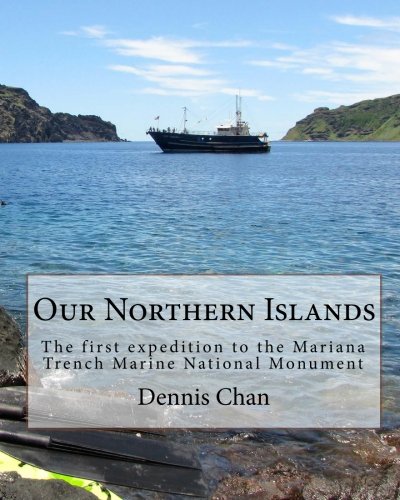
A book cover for Our Northern Islands: The first expedition to the Mariana Trench Marine National Monument; Dennis Chan; Travel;